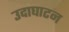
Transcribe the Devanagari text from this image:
उदाघाटन